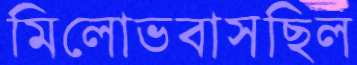
মিলোভবাসছিল